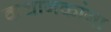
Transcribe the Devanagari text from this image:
कथानकांना